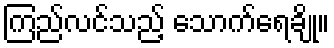
ကြည်လင်သည့် သောက်ရေချို။